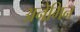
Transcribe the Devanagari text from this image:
अनेगिन